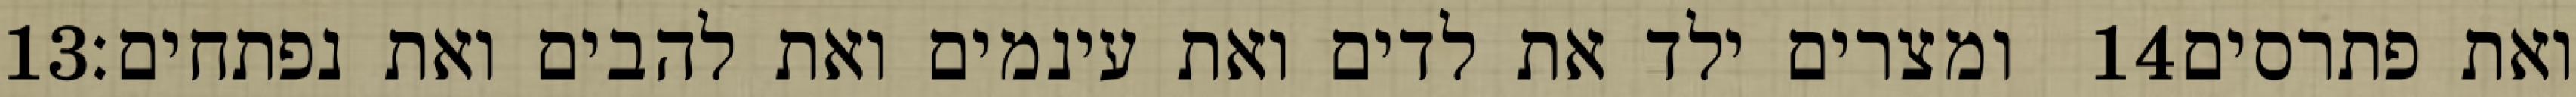
‎13‏ ומצרים ילד את לדים ואת עינמים ואת להבים ואת נפתחים׃ ‎14‏ ואת פתרסים